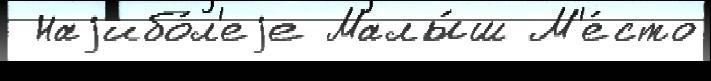
 Наjибо́л'еjе Малы́ш М'е́сто